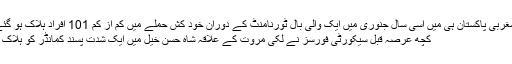
شمال مغربی پاکستان ہی میں اسی سال جنوری میں ایک والی بال ٹورنامنٹ کے دوران خود کُش حملے میں کم از کم 101 افراد ہلاک ہو گئے تھے
کچھ عرصہ قبل سیکورٹی فورسز نے لکی مروت کے علاقہ شاہ حسن خیل میں ایک شدت پسند کمانڈر کو ہلاک کیا تھا۔